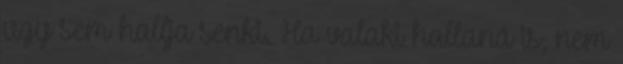
úgy sem hallja senki. Ha valaki hallaná is, nem